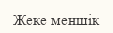
Жеке меншік